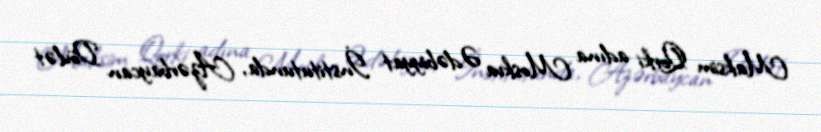
Maksim Qorki adına Moskva Ədəbiyyat İnstitutunda, Azərbaycan Dövlət